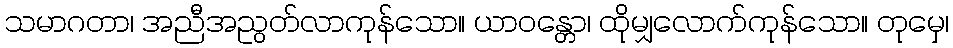
သမာဂတာ၊ အညီအညွတ်လာကုန်သော။ ယာဝန္တော၊ ထိုမျှလောက်ကုန်သော။ တုမှေ၊